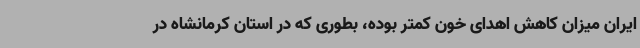
ایران میزان کاهش اهدای خون کمتر بوده، بطوری که در استان کرمانشاه در